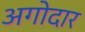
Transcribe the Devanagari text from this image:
अगोदार